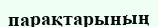
парақтарының